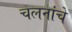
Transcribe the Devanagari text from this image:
चलनांचे